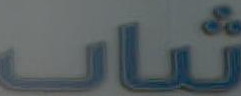
شباب